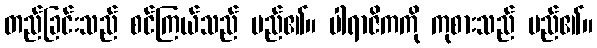
တည်ခြင်းသည် စင်ကြယ်သည် မည်၏။ ပါရာဇိကကို ကုစားသည် မည်၏။